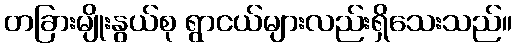
တခြားမျိုးနွယ်စု ရွာငယ်များလည်းရှိသေးသည်။